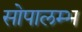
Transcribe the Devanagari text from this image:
सोपालम्भ